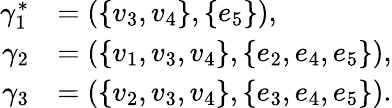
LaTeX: \begin{array}{rl}{\gamma_{1}^{\ast}}&{=(\{ v_{3},v_{4}\} ,\{ e_{5}\} ),}\\ {\gamma_{2}}&{=(\{ v_{1},v_{3},v_{4}\} ,\{ e_{2},e_{4},e_{5}\} ),}\\ {\gamma_{3}}&{=(\{ v_{2},v_{3},v_{4}\} ,\{ e_{3},e_{4},e_{5}\} ).}\end{array}